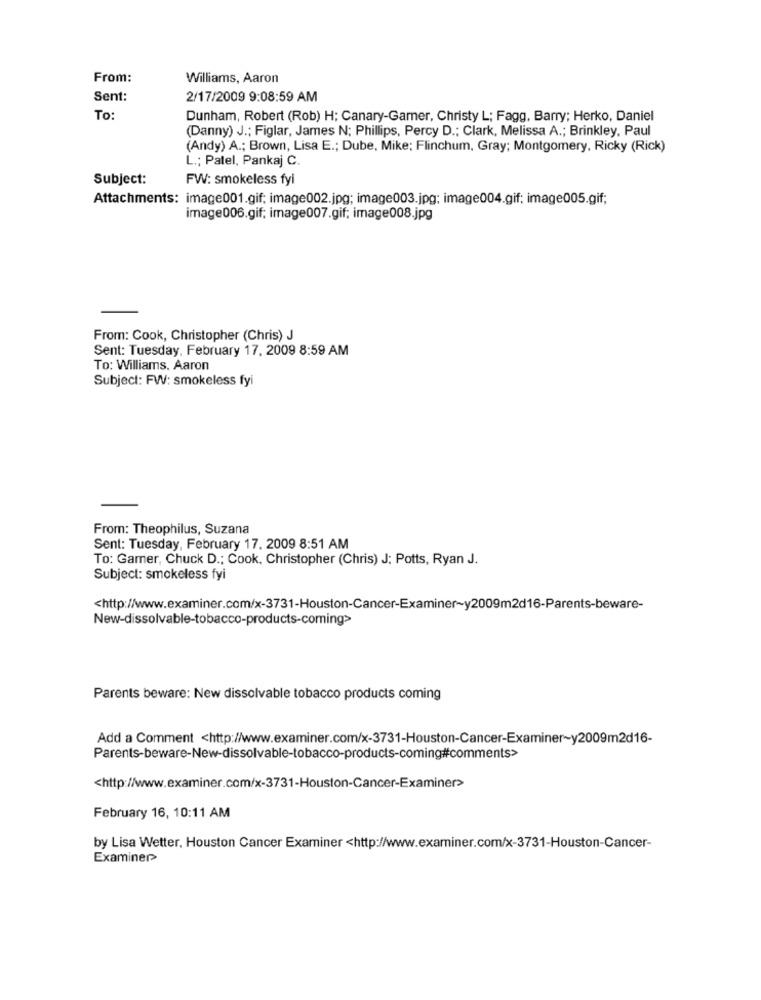
From:
Williams, Aaron
Sent:
2/17/2009 9:08:59 AM
To:
Dunham, Robert (Rob) H; Canary-Gamer, Christy L; Fagg, Barry; Herko, Daniel
(Danny) J .; Figlar, James N; Phillips, Percy D .; Clark, Melissa A .; Brinkley, Paul
(Andy) A .; Brown, Lisa E .; Dube, Mike; Flinchum, Gray; Montgomery, Ricky (Rick)
L .; Patel, Pankaj C.
Subject:
FW: smokeless fyi
Attachments: image001.gif; image002.jpg; image003.jpg; image004.gif; image005.gif;
image006.gif; image007.gif; image008.jpg
From: Cook, Christopher (Chris) J
Sent: Tuesday, February 17, 2009 8:59 AM
To: Williams. Aaron
Subject: FW: smokeless fyi
From: Theophilus, Suzana
Sent: Tuesday, February 17. 2009 8:51 AM
To: Gamer, Chuck D .; Cook, Christopher (Chris) J: Potts, Ryan J.
Subject: smokeless fyi
<http://www.examiner.com/x-3731-Houston-Cancer-Examiner~y2009m2d16-Parents-beware-
New-dissolvable-tobacco-products-coming>
Parents beware: New dissolvable tobacco products coming
Add a Comment <http://www.examiner.com/x-3731-Houston-Cancer-Examiner~y2009m2d16-
Parents-beware-New-dissolvable-tobacco-products-coming#comments>
<http://www.examiner.com/x-3731-Houston-Cancer-Examiner>
February 16, 10:11 AM
by Lisa Wetter, Houston Cancer Examiner <http://www.examiner.com/x-3731-Houston-Cancer-
Examiner>